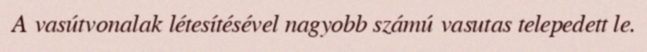
A vasútvonalak létesítésével nagyobb számú vasutas telepedett le.